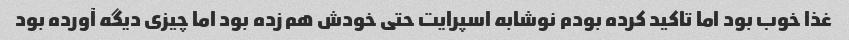
غذا خوب بود اما تاکید کرده بودم نوشابه اسپرایت حتی خودش هم زده بود اما چیزی دیگه آورده بود